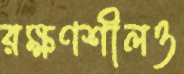
রক্ষণশীলও